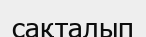
сақталып